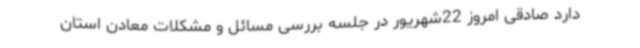
دارد صادقی امروز 22شهریور در جلسه بررسی مسائل و مشکلات معادن استان